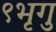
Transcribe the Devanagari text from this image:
९भृगु